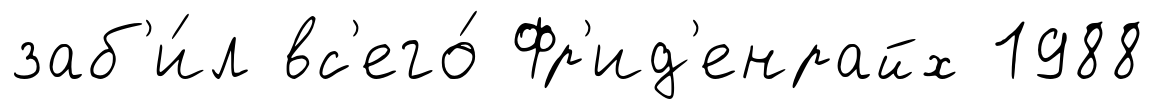
заб'и́л вс'его́ Фр'ид'енрайх 1988